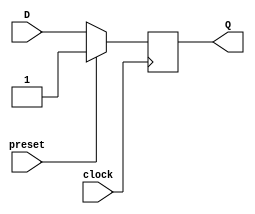
module async_preset_dff (
    input D,
    input preset,
    input clock,
    output reg Q
);

always @ (posedge clock)
begin
    if (preset)
        Q <= 1'b1;
    else
        Q <= D;
end

endmodule